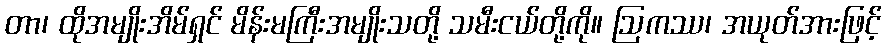
တာ၊ ထိုအမျိုးအိမ်ရှင် မိန်းမကြီးအမျိုးသတို့ သမီးငယ်တို့ကို။ ဩကဿ၊ အယုတ်အားဖြင့်